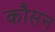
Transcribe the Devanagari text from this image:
कौसन